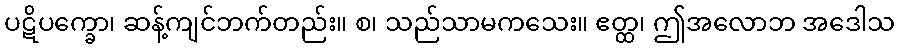
ပဋိပက္ခော၊ ဆန့်ကျင်ဘက်တည်း။ စ၊ သည်သာမကသေး။ ဧတ္ထ၊ ဤအလောဘ အဒေါသ